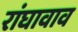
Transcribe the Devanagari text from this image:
रांघावाव